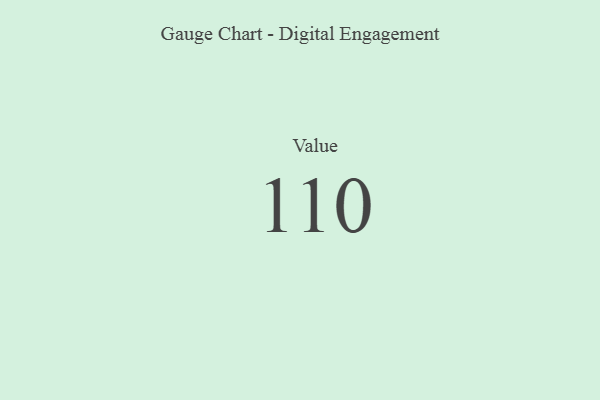
{"axis": {"x": "Metric", "y": "Value"}, "legend": [""], "data": [{"x": "Value", "y": 110, "type": ""}]}